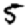
Digit: 5